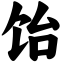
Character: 饴